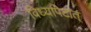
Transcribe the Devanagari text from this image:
विध्यपिटात्